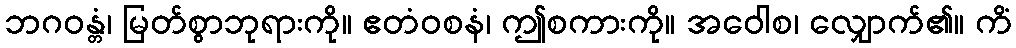
ဘဂဝန္တံ၊ မြတ်စွာဘုရားကို။ ဧတံဝစနံ၊ ဤစကားကို။ အဝေါစ၊ လျှောက်၏။ ကိံ